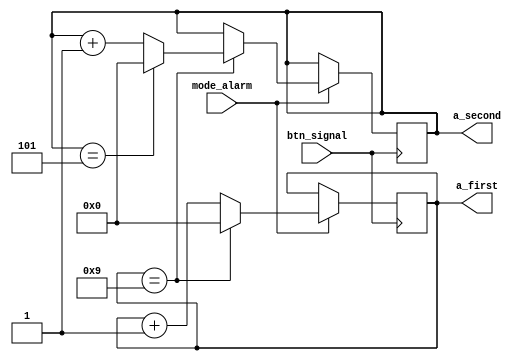
module set_alarmM(
    input btn_signal,
    input mode_alarm,
    output reg [3:0] a_first,
    output reg [3:0] a_second
    );
    initial a_first = 0;
    initial a_second = 0;
    always @(posedge btn_signal) 
    begin //end 38
        if(mode_alarm)
        begin
            if(a_first == 9) 
            begin  //end 32 case
               a_first <= 0;
               if (a_second == 5)
                  a_second <= 0;
               else 
                a_second <= a_second + 1;
            end
            else
                a_first <= a_first + 1;
        end
	end//beggin 14
endmodule